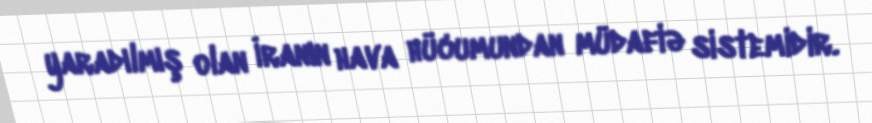
yaradılmış olan İranın hava hücumundan müdafiə sistemidir.